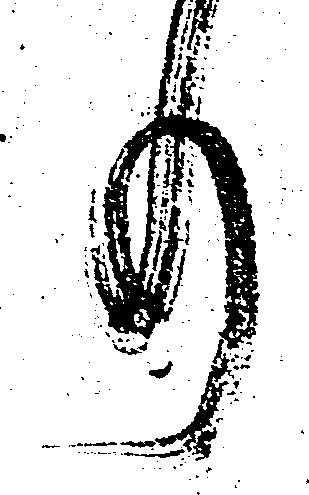
事